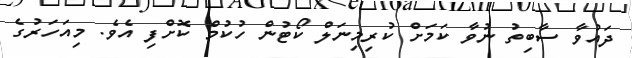
ދައުވާ ސާބިތު ނުވާ ކަމަށް ކުރިމިނަލް ކޯޓުން ހުކުމް ކޮށްފި އެވެ. މިއަހަރުގެ